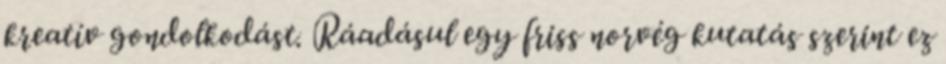
kreatív gondolkodást. Ráadásul egy friss norvég kutatás szerint ez